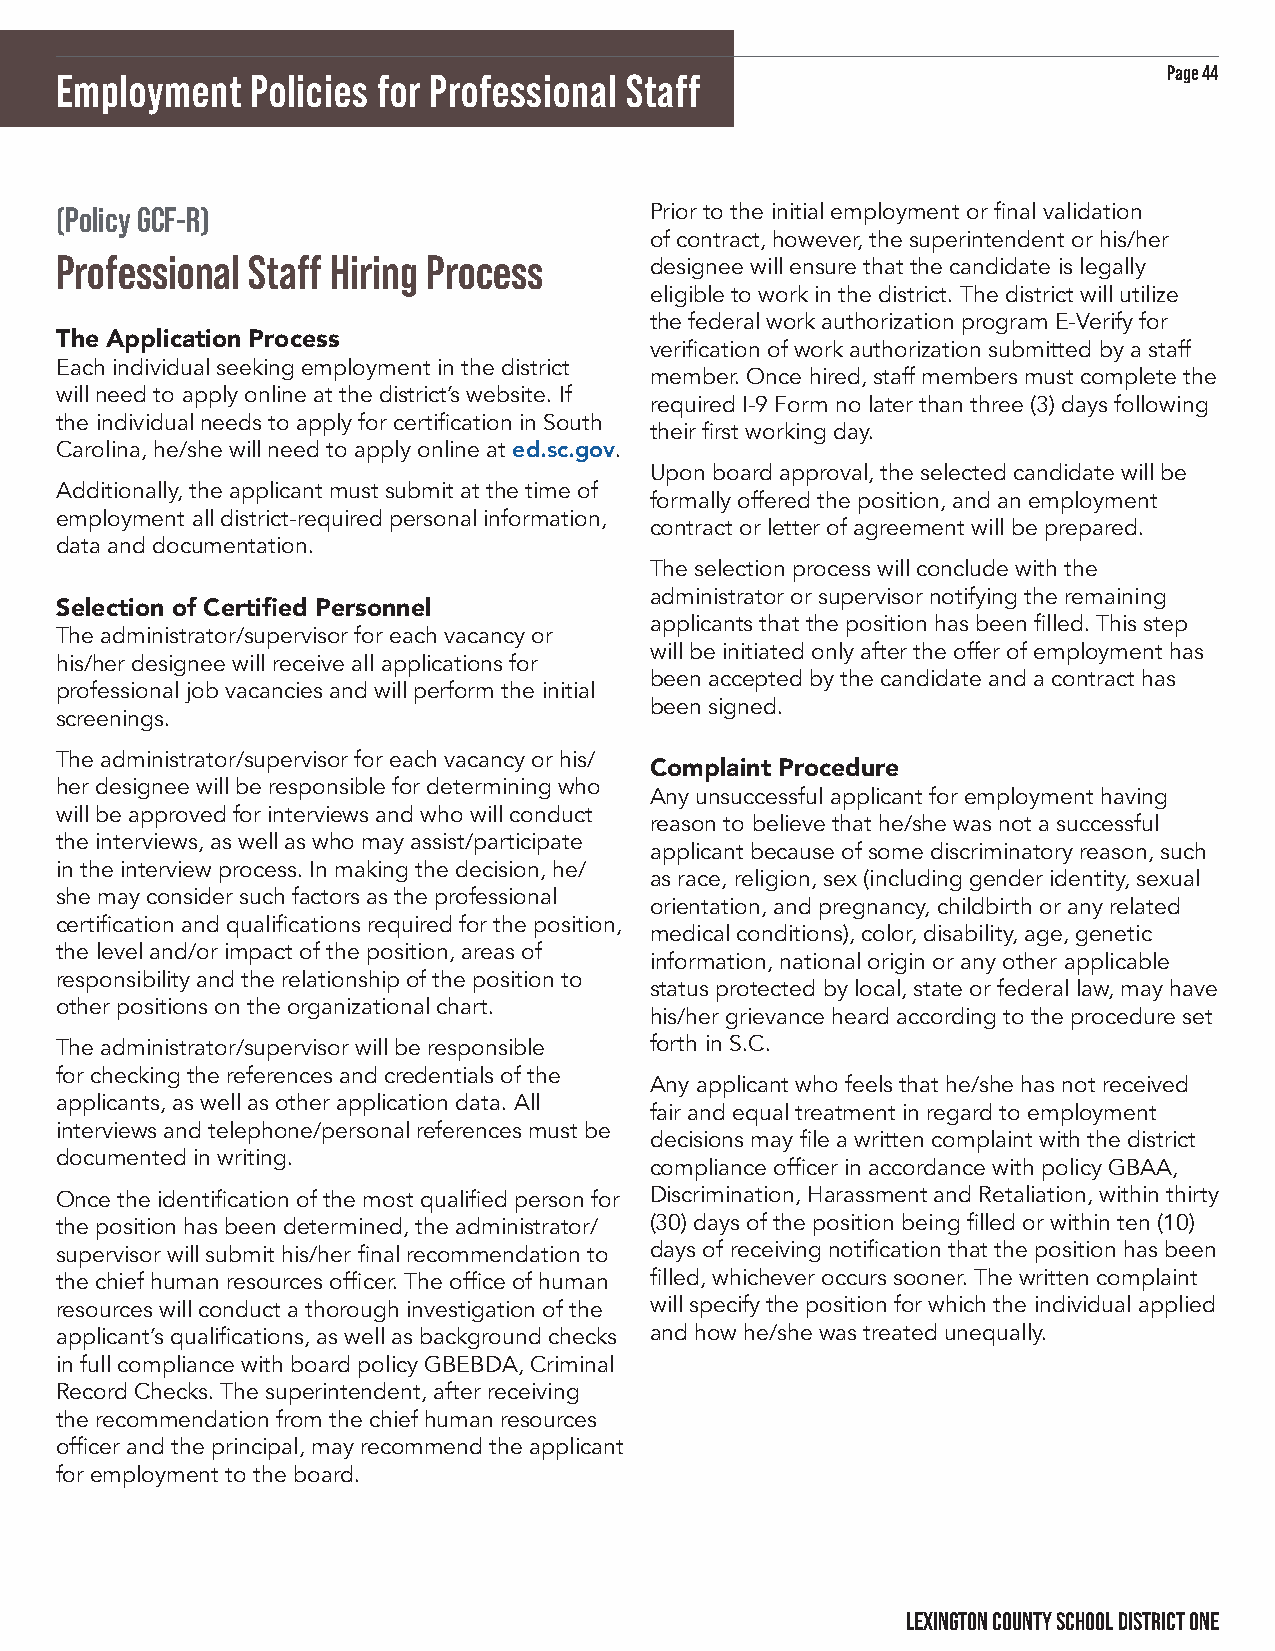
Page 44
 Employment   Policies for Professional Staff
 (Policy GCF-R)                         Prior to the initial employment or final validation
 of contract, however, the superintendent or his/her
 Professional Staff Hiring Process
 designee will ensure that the candidate is legally
 eligible to work in the district. The district will utilize
 the federal work authorization program E-Verify for
 The Application Process
 verification of work authorization submitted by a staff
 Each individual seeking employment in the district
 member. Once hired, staff members must complete the
 will need to apply online at the district’s website. If
 required I-9 Form no later than three (3) days following
 the individual needs to apply for certification in South
 their first working day.
 Carolina, he/she will need to apply online at ed.sc.gov.
 Upon board approval, the selected candidate will be
 Additionally, the applicant must submit at the time of
 formally offered the position, and an employment
 employment all district-required personal information,
 contract or letter of agreement will be prepared.
 data and documentation.
 The selection process will conclude with the
 administrator or supervisor notifying the remaining
 Selection of Certified Personnel
 applicants that the position has been filled. This step
 The administrator/supervisor for each vacancy or
 will be initiated only after the offer of employment has
 his/her designee will receive all applications for
 been accepted by the candidate and a contract has
 professional job vacancies and will perform the initial
 been signed.
 screenings.
 The administrator/supervisor for each vacancy or his/
 Complaint Procedure
 her designee will be responsible for determining who
 Any unsuccessful applicant for employment having
 will be approved for interviews and who will conduct
 reason to believe that he/she was not a successful
 the interviews, as well as who may assist/participate
 applicant because of some discriminatory reason, such
 in the interview process. In making the decision, he/
 as race, religion, sex (including gender identity, sexual
 she may consider such factors as the professional
 orientation, and pregnancy, childbirth or any related
 certification and qualifications required for the position,
 medical conditions), color, disability, age, genetic
 the level and/or impact of the position, areas of
 information, national origin or any other applicable
 responsibility and the relationship of the position to
 status protected by local, state or federal law, may have
 other positions on the organizational chart.
 his/her grievance heard according to the procedure set
 The administrator/supervisor will be responsible forth in S.C.
 for checking the references and credentials of the
 Any applicant who feels that he/she has not received
 applicants, as well as other application data. All
 fair and equal treatment in regard to employment
 interviews and telephone/personal references must be
 decisions may file a written complaint with the district
 documented in writing.
 compliance officer in accordance with policy GBAA,
 Once the identification of the most qualified person for Discrimination, Harassment and Retaliation, within thirty
 the position has been determined, the administrator/ (30) days of the position being filled or within ten (10)
 supervisor will submit his/her final recommendation to days of receiving notification that the position has been
 the chief human resources officer. The office of human filled, whichever occurs sooner. The written complaint
 resources will conduct a thorough investigation of the will specify the position for which the individual applied
 applicant’s qualifications, as well as background checks and how he/she was treated unequally.
 in full compliance with board policy GBEBDA, Criminal
 Record Checks. The superintendent, after receiving
 the recommendation from the chief human resources
 officer and the principal, may recommend the applicant
 for employment to the board.
 LEXINGTON COUNTY SCHOOL DISTRICT ONE